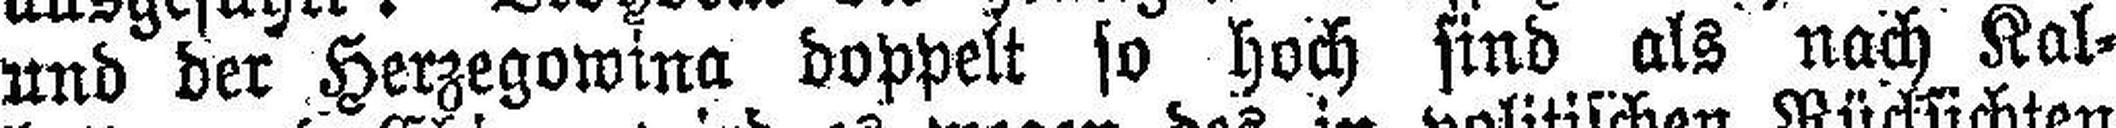
und der Herzegowina doppelt so hoch sind als nach Kal¬